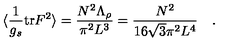
\langle \frac { 1 } { g _ { s } } \mathrm { t r } F ^ { 2 } \rangle = \frac { N ^ { 2 } \Lambda _ { \rho } } { \pi ^ { 2 } L ^ { 3 } } = \frac { N ^ { 2 } } { 1 6 \sqrt { 3 } \pi ^ { 2 } L ^ { 4 } } \quad .